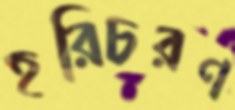
হরিচরণ